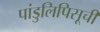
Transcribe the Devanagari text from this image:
पांडुलिपिसूची